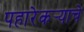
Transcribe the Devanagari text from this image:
पहारेकर्‍याचे